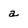
Character: a